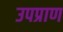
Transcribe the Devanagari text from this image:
उपप्राण